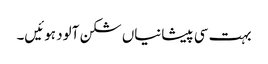
بہت سی پیشانیاں شکن آلود ہوئیں۔